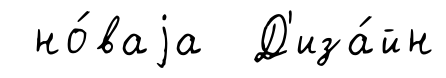
но́ваjа Д'иза́йн